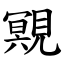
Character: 覭